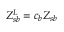
Z _ { s b } ^ { L } = c _ { b } Z _ { s b }